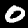
Label: 0